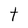
Character: t